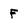
Character: F